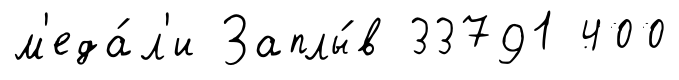
м'еда́л'и Заплы́в 33791 400